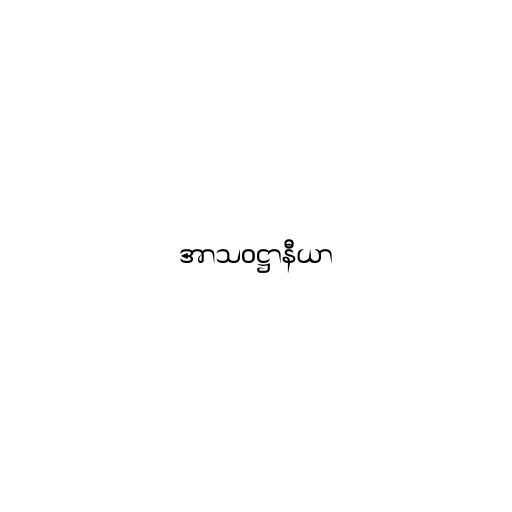
အာသဝဋ္ဌာနီယာ